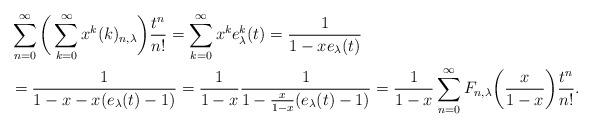
LaTeX: \begin{align*}&\sum_{n=0}^{\infty}\bigg(\sum_{k=0}^{\infty}x^{k}(k)_{n,\lambda}\bigg)\frac{t^{n}}{n!}=\sum_{k=0}^{\infty}x^{k}e_{\lambda}^{k}(t)=\frac{1}{1-xe_{\lambda}(t)} \\&=\frac{1}{1-x-x(e_{\lambda}(t)-1)}=\frac{1}{1-x}\frac{1}{1-\frac{x}{1-x}(e_{\lambda}(t)-1)}=\frac{1}{1-x}\sum_{n=0}^{\infty}F_{n,\lambda}\bigg(\frac{x}{1-x}\bigg)\frac{t^{n}}{n!}.\end{align*}